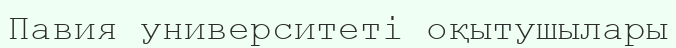
Павия университеті оқытушылары